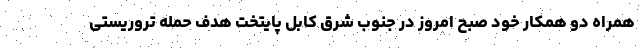
همراه دو همکار خود صبح امروز در جنوب شرق کابل پایتخت هدف حمله تروریستی